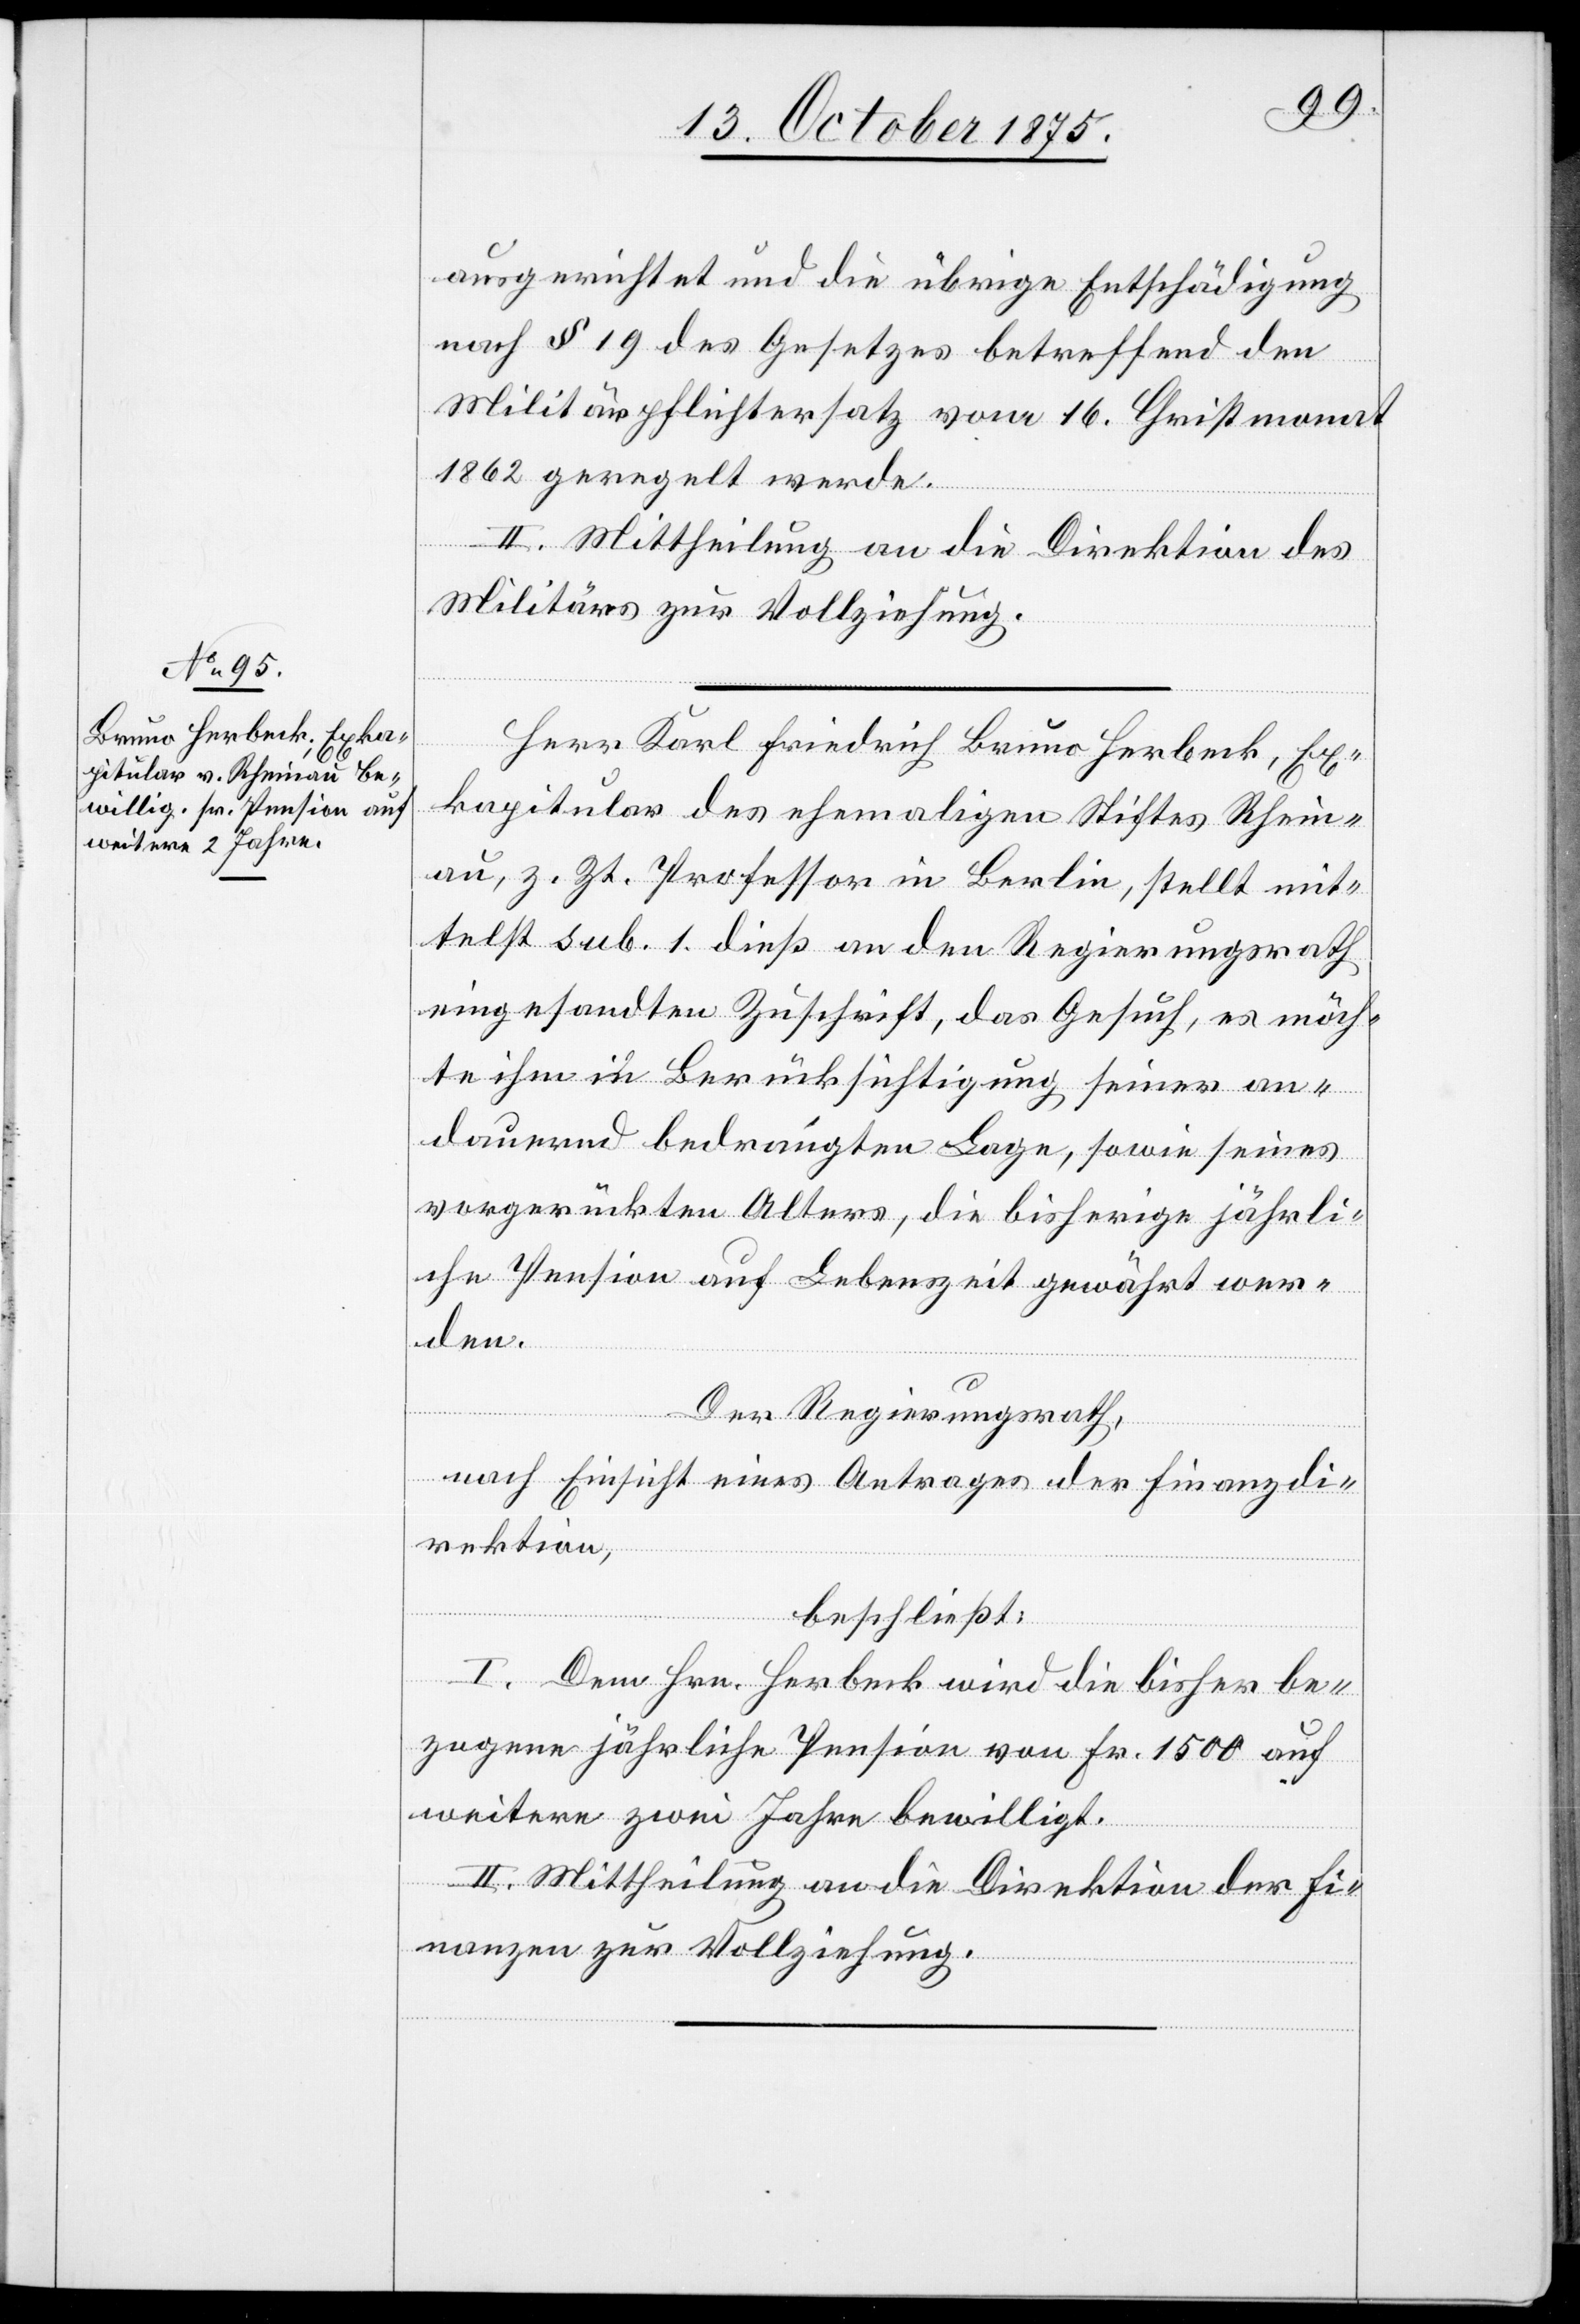
ausgerichtet und die übrige Entschädigung
nach § 19 des Gesetzes betreffend den
Militärpflichtersatz vom 16. Christmonat
1862 geregelt werde.
II. Mittheilung an die Direktion des
Militärs zur Vollziehung.
Herr Karl Friedrich Bruno Herbeck, Ex¬
kapitular des ehemaligen Stiftes Rhein¬
au, z. Zt. Professor in Berlin, stellt mit¬
telst sub. 1. dieß an den Regierungsrath
eingesandten Zuschrift, das Gesuch, es möch¬
te ihm in Berücksichtigung seiner an¬
dauernd bedrängten Lage, sowie seines
vorgerückten Alters, die bisherige jährli¬
che Pension auf Lebenszeit gewährt wer¬
den.
Der Regierungsrath,
nach Einsicht eines Antrages der Finanzdi¬
rektion,
beschließt:
I. Dem Hrn. Herbeck wird die bisher be¬
zogene jährliche Pension von Fr. 1500 auf
weitere zwei Jahre bewilligt.
II. Mittheilung an die Direktion der Fi¬
nanzen zur Vollziehung.